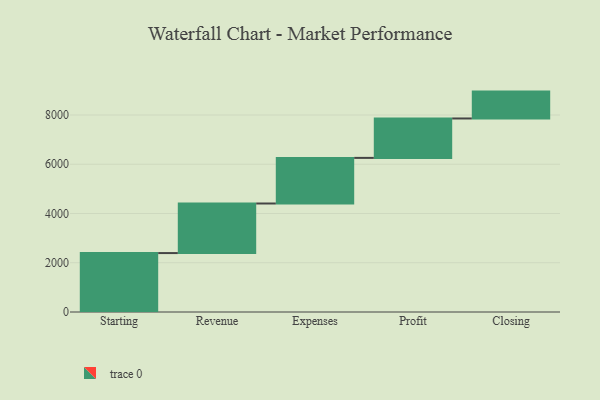
{"axis": {"x": "Step", "y": "Value"}, "legend": [""], "data": [{"x": "Starting", "y": 2393.0, "type": ""}, {"x": "Revenue", "y": 2013.0, "type": ""}, {"x": "Expenses", "y": 1852.0, "type": ""}, {"x": "Profit", "y": 1601.0, "type": ""}, {"x": "Closing", "y": 1091.0, "type": ""}]}